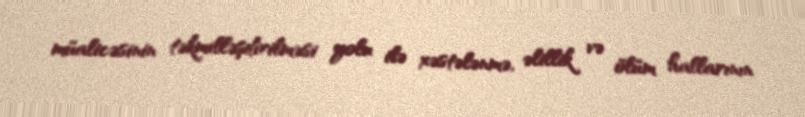
müalicəsinin təkmilləşdirilməsi yolu ilə xəstələnmə, əlillik və ölüm hallarının